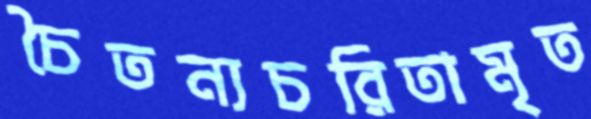
চৈতন্যচরিতামৃত